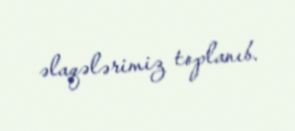
əlaqələrimiz toplanıb.